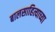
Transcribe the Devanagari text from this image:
बालसाहित्याच्या